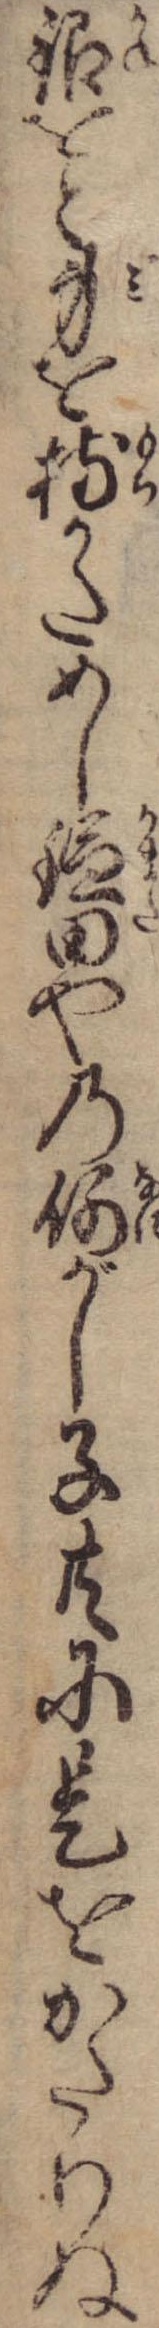
銀をと身を持かためし鎌田やの何がし子共に是をかたりぬ